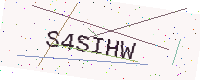
Text: S4SIHW